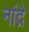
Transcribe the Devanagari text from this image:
नांद्रे